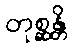
တုစ္ဆန္တိ